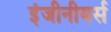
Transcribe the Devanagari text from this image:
इंजीनीयर्स